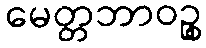
မေတ္တဘာဝဉ္စ